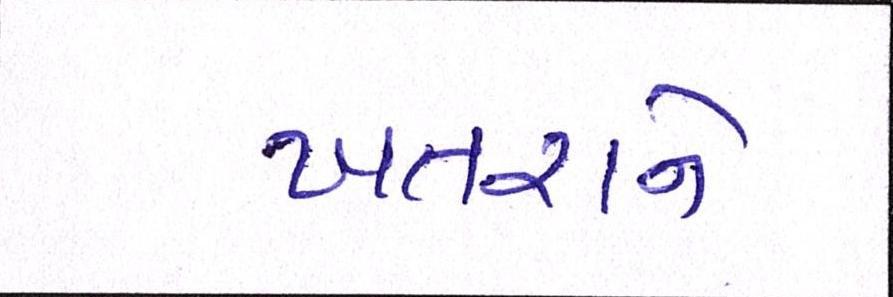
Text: ખતરાને